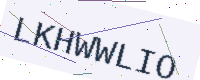
Text: LKHWWLIO